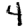
Digit: 4